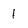
Character: 1